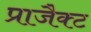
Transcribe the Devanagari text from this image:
प्राजैक्ट